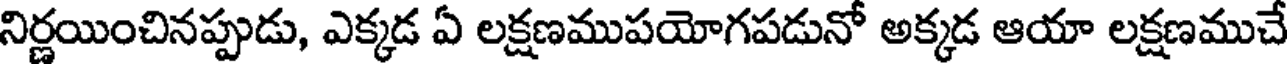
నిర్ణయించినప్పుడు, ఎక్కడ ఏ లక్షణముపయోగపడునో అక్కడ ఆయా లక్షణముచే